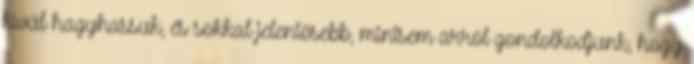
kívül hagyhassuk, és sokkal jelentősebb, mintsem arról gondolkodjunk, hogy